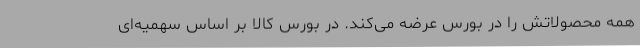
همه محصولاتش را در بورس عرضه می‌کند. در بورس کالا بر اساس سهمیه‌ای